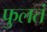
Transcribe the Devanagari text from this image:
फुलतं